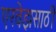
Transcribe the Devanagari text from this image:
एरवेझसाठी